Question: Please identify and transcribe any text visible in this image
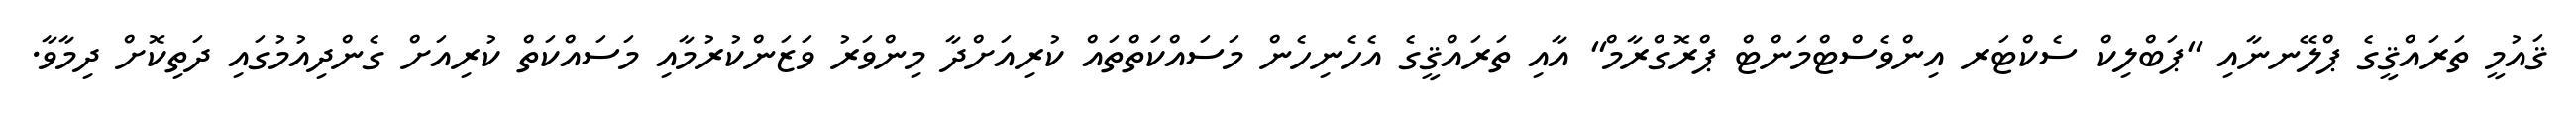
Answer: ޤައުމީ ތަރައްޤީގެ ޕްލޭނނާއި "ޕަބްލިކް ސެކްޓަރ އިންވެސްޓްމަންޓް ޕްރޮގްރާމް" އާއި ތަރައްޤީގެ އެހެނިހެން މަސައްކަތްތައް ކުރިއަށްދާ މިންވަރު ވަޒަންކުރުމާއި މަސައްކަތް ކުރިއަށް ގެންދިއުމުގައި ދަތިކޮށް ދިމާވާ.